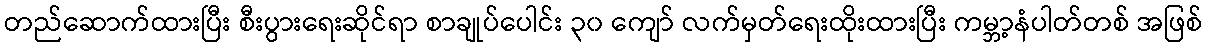
တည်ဆောက်ထားပြီး စီးပွားရေးဆိုင်ရာ စာချုပ်ပေါင်း ၃၀ ကျော် လက်မှတ်ရေးထိုးထားပြီး ကမ္ဘာ့နံပါတ်တစ် အဖြစ်